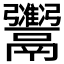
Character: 𫙇